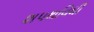
શપથવિધી